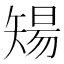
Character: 𥏫